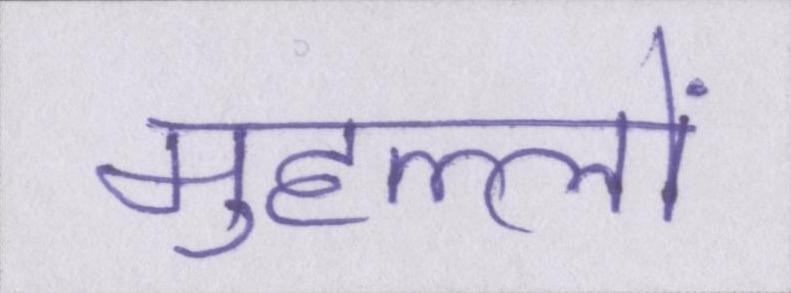
मुहल्लों